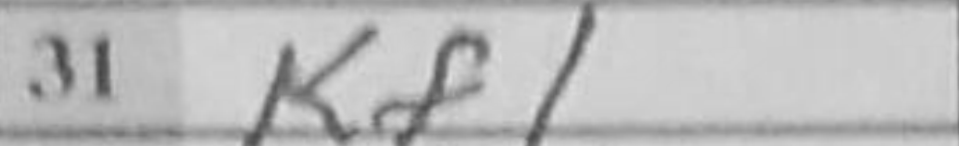
Transcription: Kf1